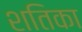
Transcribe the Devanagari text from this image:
शतिका